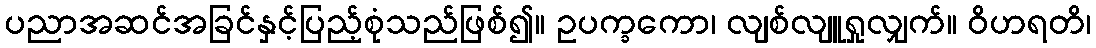
ပညာအဆင်အခြင်နှင့်ပြည့်စုံသည်ဖြစ်၍။ ဥပက္ခကော၊ လျစ်လျူရှုလျှက်။ ဝိဟရတိ၊